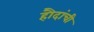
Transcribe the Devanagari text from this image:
हौदांची